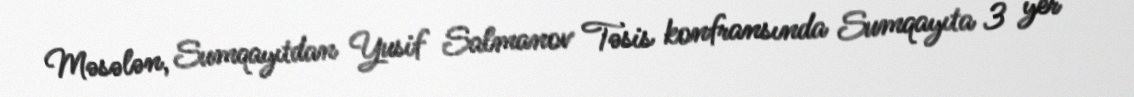
Məsələn, Sumqayıtdan Yusif Salmanov Təsis konfransında Sumqayıta 3 yer